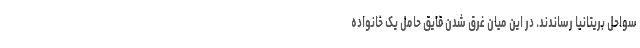
سواحل بریتانیا رساندند. در این میان غرق شدن قایق حامل یک خانواده